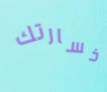
خسارتك